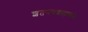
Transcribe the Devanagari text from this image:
शतपथब्राह्मणके